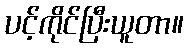
ပင့်ကိုင်ပြီးယူတာ။